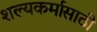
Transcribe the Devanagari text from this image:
शल्यकर्मासाठी